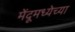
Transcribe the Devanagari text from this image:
मेंदूमध्येच्या